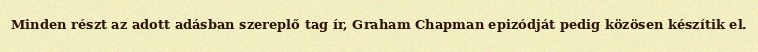
Minden részt az adott adásban szereplő tag ír, Graham Chapman epizódját pedig közösen készítik el.